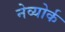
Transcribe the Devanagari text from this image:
नेव्योर्क